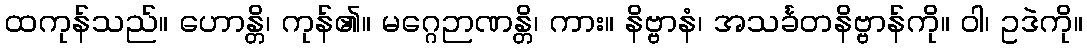
ထကုန်သည်။ ဟောန္တိ၊ ကုန်၏။ မဂ္ဂေဉာဏန္တိ၊ ကား။ နိဗ္ဗာနံ၊ အသင်္ခတနိဗ္ဗာန်ကို။ ဝါ၊ ဥဒဲကို။